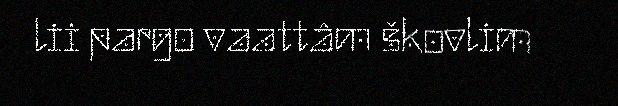
lii pargo vaattâm škovlim